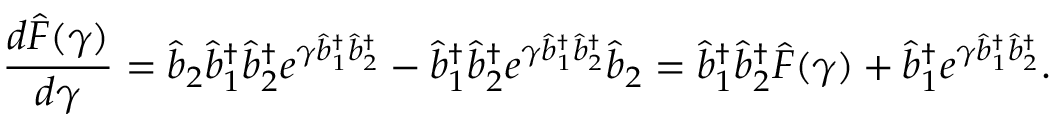
\frac { d \hat { F } ( \gamma ) } { d \gamma } = \hat { b } _ { 2 } \hat { b } _ { 1 } ^ { \dagger } \hat { b } _ { 2 } ^ { \dagger } e ^ { \gamma \hat { b } _ { 1 } ^ { \dagger } \hat { b } _ { 2 } ^ { \dagger } } - \hat { b } _ { 1 } ^ { \dagger } \hat { b } _ { 2 } ^ { \dagger } e ^ { \gamma \hat { b } _ { 1 } ^ { \dagger } \hat { b } _ { 2 } ^ { \dagger } } \hat { b } _ { 2 } = \hat { b } _ { 1 } ^ { \dagger } \hat { b } _ { 2 } ^ { \dagger } \hat { F } ( \gamma ) + \hat { b } _ { 1 } ^ { \dagger } e ^ { \gamma \hat { b } _ { 1 } ^ { \dagger } \hat { b } _ { 2 } ^ { \dagger } } .